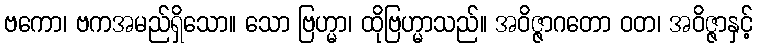
ဗကော၊ ဗကအမည်ရှိသော။ သော ဗြဟ္မာ၊ ထိုဗြဟ္မာသည်။ အဝိဇ္ဇာဂတော ဝတ၊ အဝိဇ္ဇာနှင့်